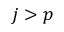
j > p